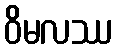
ဝိမလဿ